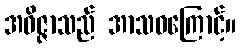
အဝိဇ္ဇာသည် အာသဝကြောင့်။